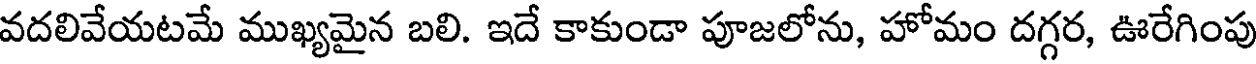
వదలివేయటమే ముఖ్యమైన బలి. ఇదే కాకుండా పూజలోను, హోమం దగ్గర, ఊరేగింపు